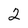
Character: 2